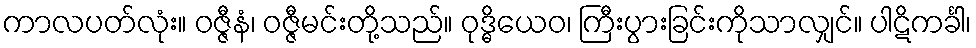
ကာလပတ်လုံး။ ဝဇ္ဇီနံ၊ ဝဇ္ဇီမင်းတို့သည်။ ဝုဒ္ဓိယေဝ၊ ကြီးပွားခြင်းကိုသာလျှင်။ ပါဋိကင်္ခါ၊